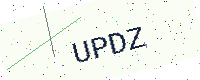
Text: UPDZ